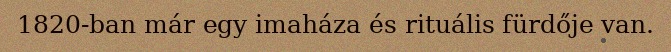
1820-ban már egy imaháza és rituális fürdője van.